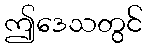
ဤဒေသတွင်